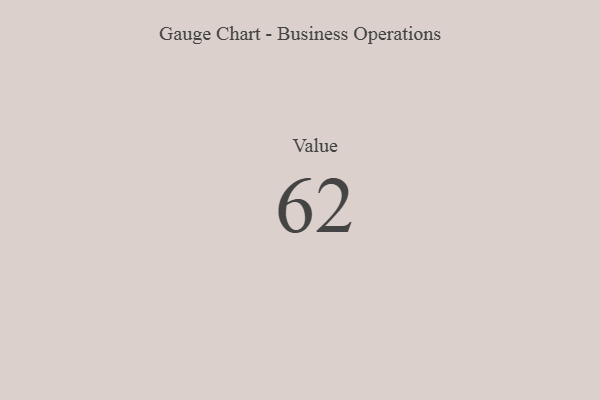
{"axis": {"x": "Metric", "y": "Value"}, "legend": [""], "data": [{"x": "Value", "y": 62, "type": ""}]}